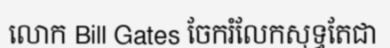
លោក Bill Gates ចែករំលែកសុទ្ធតែជា